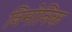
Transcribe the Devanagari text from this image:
निमोनिक